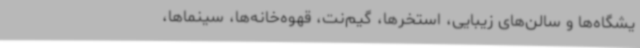
یشگاه‌ها و سالن‌های زیبایی، استخرها، گیم‌نت، قهوه‌خانه‌ها، سینماها،